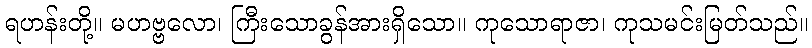
ရဟန်းတို့။ မဟဗ္ဗလော၊ ကြီးသောခွန်အားရှိသော။ ကုသောရာဇာ၊ ကုသမင်းမြတ်သည်။